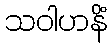
သဝါဟနိံ